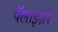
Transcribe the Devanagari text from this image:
पॅलाइज़र